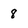
Character: 8